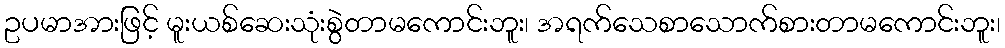
ဥပမာအားဖြင့် မူးယစ်ဆေးသုံးစွဲတာမကောင်းဘူး၊ အရက်သေစာသောက်စားတာမကောင်းဘူး၊